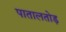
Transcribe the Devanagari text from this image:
पातालतोड़